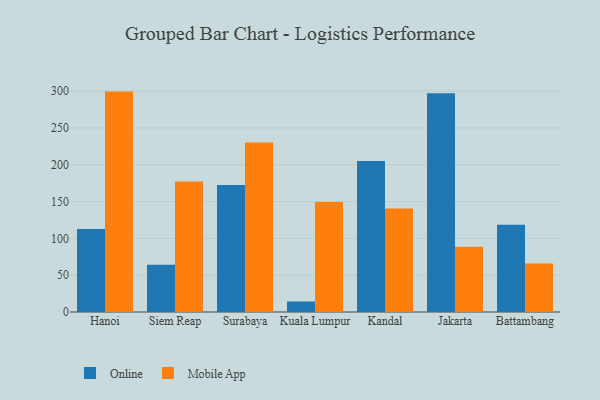
{"axis": {"x": "City", "y": "Energy Usage (MWh)"}, "legend": ["Mobile App", "Online"], "data": [{"x": "Hanoi", "y": 112.7, "type": "Online"}, {"x": "Hanoi", "y": 299.3, "type": "Mobile App"}, {"x": "Siem Reap", "y": 64.1, "type": "Online"}, {"x": "Siem Reap", "y": 177.3, "type": "Mobile App"}, {"x": "Surabaya", "y": 172.4, "type": "Online"}, {"x": "Surabaya", "y": 230.1, "type": "Mobile App"}, {"x": "Kuala Lumpur", "y": 14.3, "type": "Online"}, {"x": "Kuala Lumpur", "y": 149.4, "type": "Mobile App"}, {"x": "Kandal", "y": 205.0, "type": "Online"}, {"x": "Kandal", "y": 140.6, "type": "Mobile App"}, {"x": "Jakarta", "y": 297.2, "type": "Online"}, {"x": "Jakarta", "y": 88.5, "type": "Mobile App"}, {"x": "Battambang", "y": 118.5, "type": "Online"}, {"x": "Battambang", "y": 65.7, "type": "Mobile App"}]}